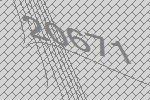
20671